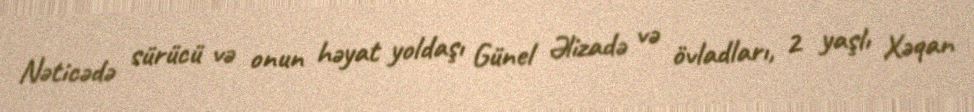
Nəticədə sürücü və onun həyat yoldaşı Günel Əlizadə və övladları, 2 yaşlı Xəqan